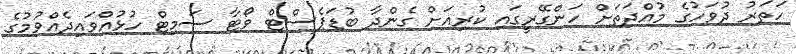
ހަތަރު ދުވަހުގެ މުއްދަތަށް ހަންގޭރީގައި ކުރިއަށް ގެންދާ ބުޑަޕެސްޓް ވޯޓާ ސަމިޓް ހުޅުއްވައިދެއްވުމުގެ